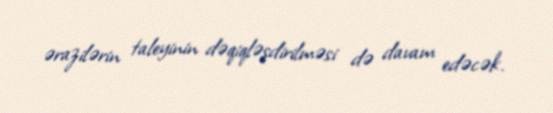
ərazilərin taleyinin dəqiqləşdirilməsi də davam edəcək.